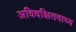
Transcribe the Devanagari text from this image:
अविवक्षितवाच्य